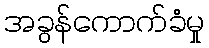
အခွန်ကောက်ခံမှု